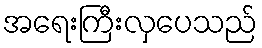
အရေးကြီးလှပေသည်